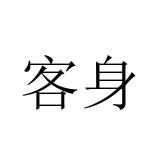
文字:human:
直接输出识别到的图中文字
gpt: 客身